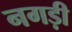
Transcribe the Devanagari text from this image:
नगड़ी